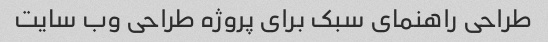
طراحی راهنمای سبک برای پروژه طراحی وب سایت